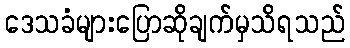
ဒေသခံများပြောဆိုချက်မှသိရသည်